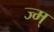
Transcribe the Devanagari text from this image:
ज्म्